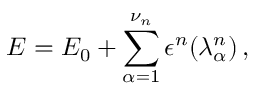
E = E _ { 0 } + \sum _ { \alpha = 1 } ^ { \nu _ { n } } \epsilon ^ { n } ( \lambda _ { \alpha } ^ { n } ) \, ,